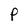
Character: P